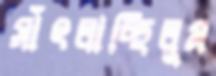
সাঁৎলাচ্ছিলুম